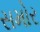
સમોર